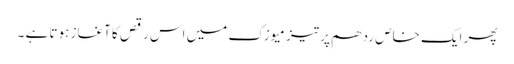
پھر ایک خاص ردھم پر تیز میوزک میں اس رقص کا آغاز ہوتا ہے ۔